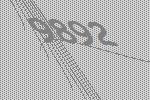
9892